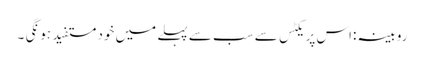
روبینہ :اس پریکٹس سے سب سے پہلے میں خود مستفید ہو نگی ۔